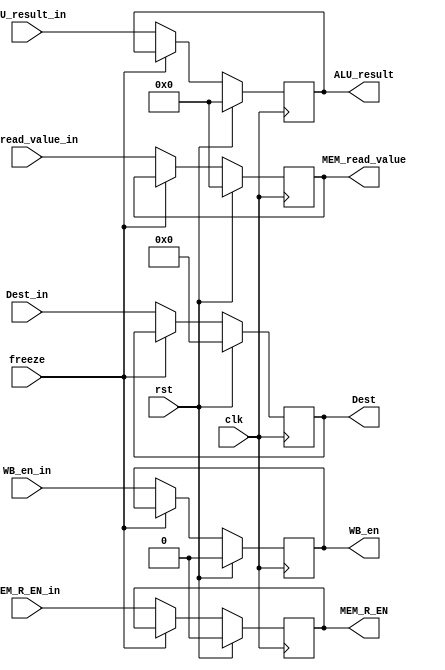
module MEM_Stage_reg(
        input clk,
        input rst,
        input WB_en_in,
        //MEM_Signals
        input MEM_R_EN_in,
        //memory Address
        input [31:0] ALU_result_in,

        input [31:0] MEM_read_value_in,
        input [4:0] Dest_in,
        input freeze,

        output reg WB_en,
        //MEM_Signals
        output reg MEM_R_EN,
        //memory Address
        output reg [31:0] ALU_result,

        output reg[31:0] MEM_read_value,
        output reg[4:0] Dest
    );

    always @(posedge clk) begin
        if(rst) begin
            WB_en <= 1'b0;
            MEM_R_EN <= 1'b0;
            ALU_result <= 32'b0;
            MEM_read_value <= 32'b0;
            Dest <= 5'b0;
        end

        else if(!freeze) begin
            WB_en <= WB_en_in;
            MEM_R_EN <= MEM_R_EN_in;
            ALU_result <= ALU_result_in;
            MEM_read_value <= MEM_read_value_in;
            Dest <= Dest_in;
        end
    end

endmodule //MEM_Stage_reg